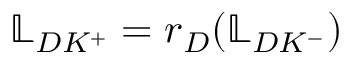
\mathbb { L } _ { D K ^ { + } } = r _ { D } ( \mathbb { L } _ { D K ^ { - } } )